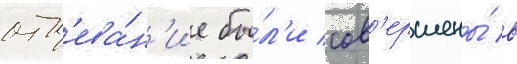
отп'ева́н'ие бы́л'и сов'ершены́ в